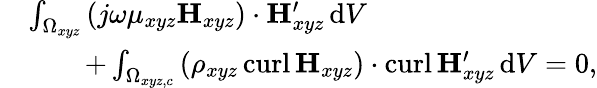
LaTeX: \begin{array}{rl}&{\int_{\Omega_{xyz}}\left(j\omega\mu_{xyz}\mathbf{H}_{xyz}\right)\cdot\mathbf{H}_{xyz}^{\prime}\, \mathrm{d}V\, }\\ &{\qquad+\int_{\Omega_{xyz,c}}\left(\rho_{xyz}\, \mathrm{curl}\, \mathbf{H}_{xyz}\right)\cdot\mathrm{curl}\, \mathbf{H}_{xyz}^{\prime}\, \mathrm{d}V=0,}\end{array}